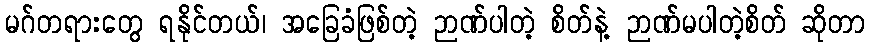
မဂ်တရားတွေ ရနိုင်တယ်၊ အခြေခံဖြစ်တဲ့ ဉာဏ်ပါတဲ့ စိတ်နဲ့ ဉာဏ်မပါတဲ့စိတ် ဆိုတာ